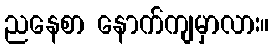
ညနေစာ နောက်ကျမှာလား။